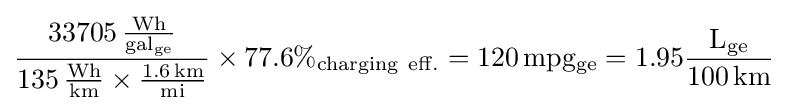
{\frac {33705\,{\frac {\mathrm {Wh} }{\mathrm {gal_{ge}} }}}{135\,{\frac {\mathrm {Wh} }{\mathrm {km} }}\times {\frac {1.6\,\mathrm {km} }{\mathrm {mi} }}}}\times 77.6\%{\mathrm {_{charging\ eff.}} }=120\,\mathrm {mpg_{ge}} =1.95{\frac {\mathrm {L_{ge}} }{100\,\mathrm {km} }}